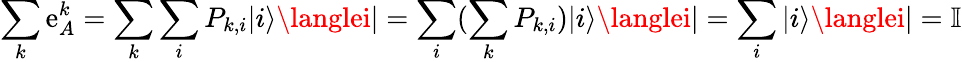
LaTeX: \sum_{k}\mathrm{e}_{A}^{k}=\sum_{k}\sum_{i}P_{k,i}|i\rangle\langlei|=\sum_{i}(\sum_{k}P_{k,i})|i\rangle\langlei|=\sum_{i}|i\rangle\langlei|=\mathbb{{I}}